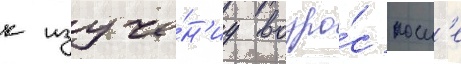
к изуче́н'иу возро́с посл'е